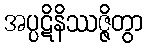
အပ္ပဋိနိဿဇ္ဇိတွာ